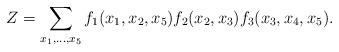
LaTeX: \begin{align*} Z = \sum_{x_1,\ldots,x_5} f_1(x_1,x_2,x_5) f_2(x_2,x_3) f_3(x_3,x_4,x_5).\end{align*}